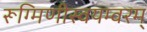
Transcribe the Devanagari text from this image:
रूग्मिणीस्वयम्वरम्